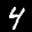
Label: 4